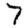
Digit: 7